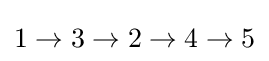
1\rightarrow 3\rightarrow 2\rightarrow 4\rightarrow 5